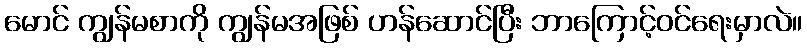
မောင် ကျွန်မစာကို ကျွန်မအဖြစ် ဟန်ဆောင်ပြီး ဘာကြောင့်ဝင်ရေးမှာလဲ။